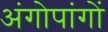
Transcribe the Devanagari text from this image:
अंगोपांगों